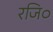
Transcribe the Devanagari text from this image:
रजि०